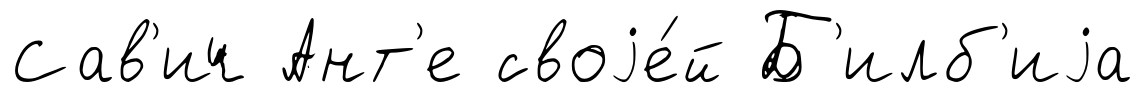
Сав'ич Ант'е своjе́й Б'илб'иjа